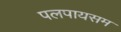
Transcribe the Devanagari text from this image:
पलपायसम